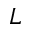
L